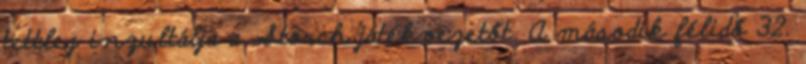
tettleg inzultálja a Storch játékvezetőt. A második félidő 32.